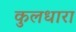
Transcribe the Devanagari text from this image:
कुलधारा